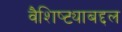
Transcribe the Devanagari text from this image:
वैशिष्ट्याबद्दल